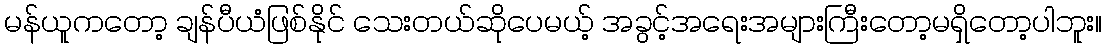
မန်ယူကတော့ ချန်ပီယံဖြစ်နိုင် သေးတယ်ဆိုပေမယ့် အခွင့်အရေးအများကြီးတော့မရှိတော့ပါဘူး။